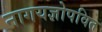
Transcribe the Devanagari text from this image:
नागयज्ञोपवित